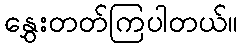
နွှေးတတ်ကြပါတယ်။